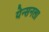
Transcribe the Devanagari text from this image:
येन्सनला